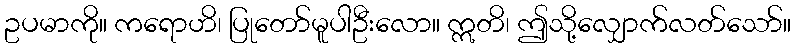
ဥပမာကို။ ကရောဟိ၊ ပြုတော်မူပါဦးလော။ ဣတိ၊ ဤသို့လျှောက်လတ်သော်။